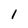
Character: 1